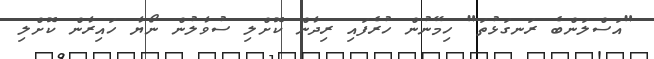
"އަސްލަންބެ ރަނގަޅުތަ" ހިމޭނުން ހުރެފައި ރިދާން ކޮށްލި ސުވާލުން ނޯޔާ ހައިރާން ކޮށްލި